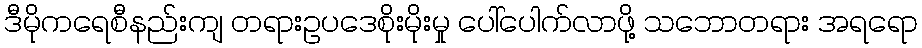
ဒီမိုကရေစီနည်းကျ တရားဥပဒေစိုးမိုးမှု ပေါ်ပေါက်လာဖို့ သဘောတရား အရရော